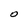
Character: O